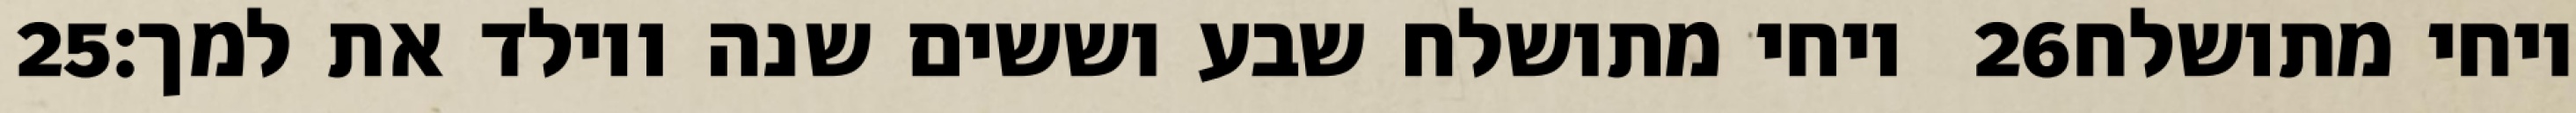
‎25‏ ויחי מתושלח שבע וששים שנה ויולד את למך׃ ‎26‏ ויחי מתושלח